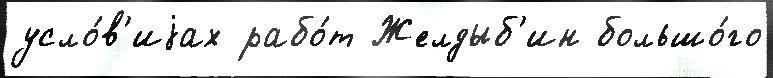
усло́в'иjах рабо́т Желдыб'ин большо́го